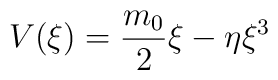
V(\xi)=\frac{m_0}{2}\xi-\eta \xi^3